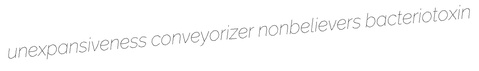
unexpansiveness conveyorizer nonbelievers bacteriotoxin